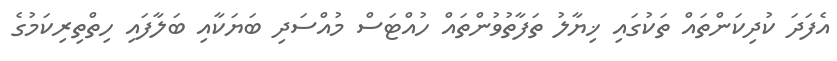
އެފަދަ ކުދިކަންތައް ތަކުގައި ޚިޔާލު ތަފާތުވުންތައް ހުއްޓަސް މުއްސަދި ބަޔަކާއި ބަލާފައި ހިތްތިރިކަމުގެ